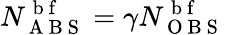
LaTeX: N_{\mathrm{~A~B~S~}}^{\mathrm{~b~f~}}=\gamma N_{\mathrm{~O~B~S~}}^{\mathrm{~b~f~}}